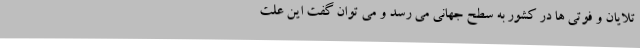
تلایان و فوتی ها در کشور به سطح جهانی می رسد و می توان گفت این علت